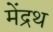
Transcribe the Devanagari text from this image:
मेंद्रथ